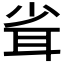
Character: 𦕉